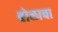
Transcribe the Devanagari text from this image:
बोलाचा